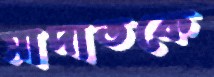
সাদাতকে